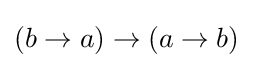
(b\to a)\to (a\to b)